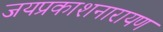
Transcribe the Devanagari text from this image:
जयप्रकाशनारायण